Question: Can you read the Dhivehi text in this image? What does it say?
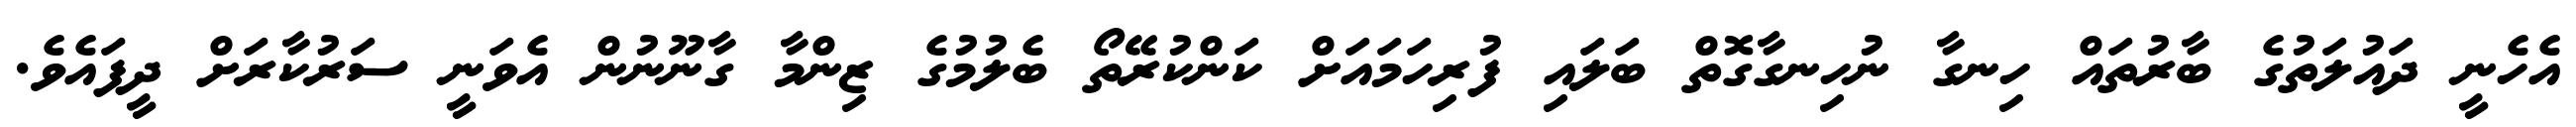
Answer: އެހެނީ ދައުލަތުގެ ބާރުތައް ހިނގާ ނުހިނގާގޮތް ބަލައި ފުރިހަމައަށް ކަންކުރޭތޯ ބެލުމުގެ ޒިންމާ ގާނޫނުން އެވަނީ ސަރުކާރަށް ދީފައެވެ.